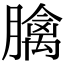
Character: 𦡬